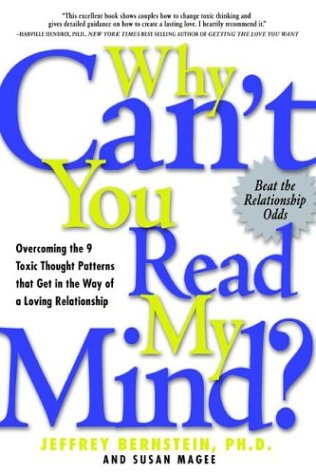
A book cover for Why Can't You Read My Mind? Overcoming the 9 Toxic Thought Patterns that Get in the Way of a Loving Relationship; Ph.D. Jeffrey Bernstein Ph.D.; Politics & Social Sciences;